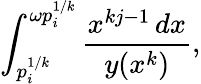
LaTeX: \int_{p_{i}^{1/k}}^{\omega p_{i}^{1/k}}\frac{x^{kj-1}\, dx}{y(x^{k})},